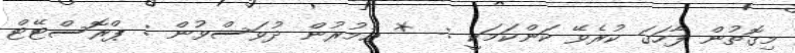
މިގޮތުން ފާހަގަ ކުރެވޭ ކަންކަމަކީ :- * ޢުމުރުން ދުވަސްވުން : ޕްރޮސްޓޭޓް